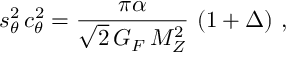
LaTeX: s _ { \theta } ^ { 2 } \, c _ { \theta } ^ { 2 } = \frac { \pi \alpha } { \sqrt { 2 } \, G _ { F } \, M _ { Z } ^ { 2 } } \, \left( 1 + \Delta \right) \, ,